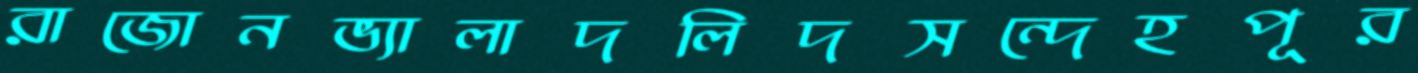
রাজোনভ্যালাদলিদসন্দেহপূর